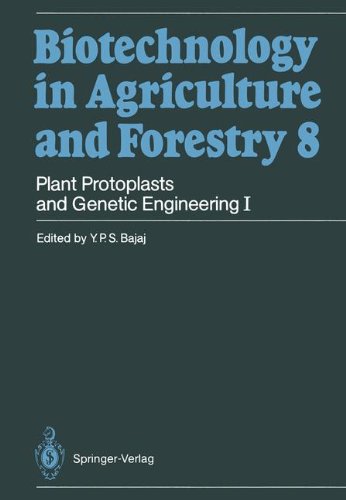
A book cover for Plant Protoplasts and Genetic Engineering I (Biotechnology in Agriculture and Forestry); Y. P. S. Bajaj; Health, Fitness & Dieting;